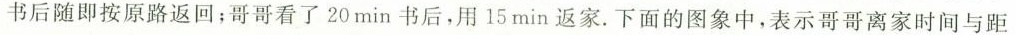
书后随即按原路返回；哥哥看了20min书后，用15min返家。下面的图象中，表示哥哥离家时间与距